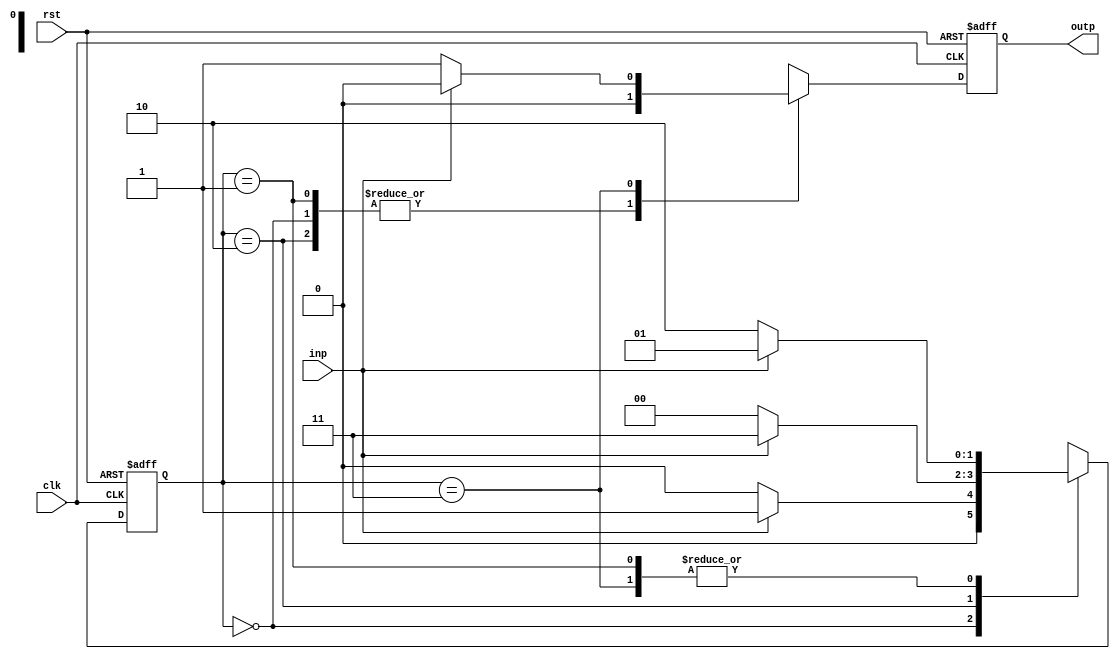
// overlapping 1010 sequence detector
//A 0 -> A 0
//A 1 -> B 0
//B 0 -> C 0
//B 1 -> B 0
//C 0 -> A 0
//C 1 -> D 0
//D 0 -> C 1
//D 1 -> B 0



module mealy_1010_sequence(
	input clk,rst,
	input inp,
	output reg outp
);

reg [1:0]state;

always @( posedge clk, posedge rst )
	begin
	if( rst ) begin
		state <= 2'b00;
		outp <= 0;
	end
	else
	begin
		case( state )
		2'b00:
		begin
			if( inp ) begin 
			state <= 2'b01; 
			outp <= 0;
			end
			else begin 
			state <= 2'b00; 
			outp <= 0;
			end
		end
		
		2'b01:
		begin
			if( inp ) begin 
			state <= 2'b01; 
			outp <= 0;
			end 
			else begin 
			state <= 2'b10; 
			outp <= 0;
			end
		end
		
		2'b10:
		begin
			if( inp ) begin 
			state <= 2'b11; 
			outp <= 0;
			end 
			else begin 
			state <= 2'b00; 
			outp <= 0;
			end 
		end
		
		2'b11:
		begin
			if( inp ) begin 
			state <= 2'b01;
			outp <= 0;
			end
			else begin 
			state <= 2'b10; 
			outp <= 1;
			end
		end

		endcase
	end
end
endmodule